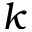
k